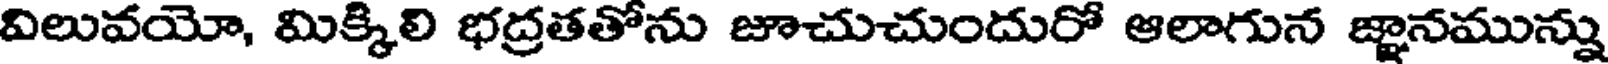
విలువయో, మిక్కిలి భద్రతతోను జూచుచుందురో ఆలాగున జ్ఞానమున్ను